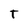
Character: T